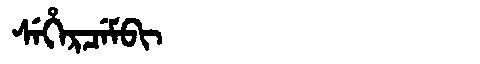
Manchu: ᠰᡝᡥᡝᡵᠴᡝᠮᠪᡳ
Romanization: SEHERCEMBI